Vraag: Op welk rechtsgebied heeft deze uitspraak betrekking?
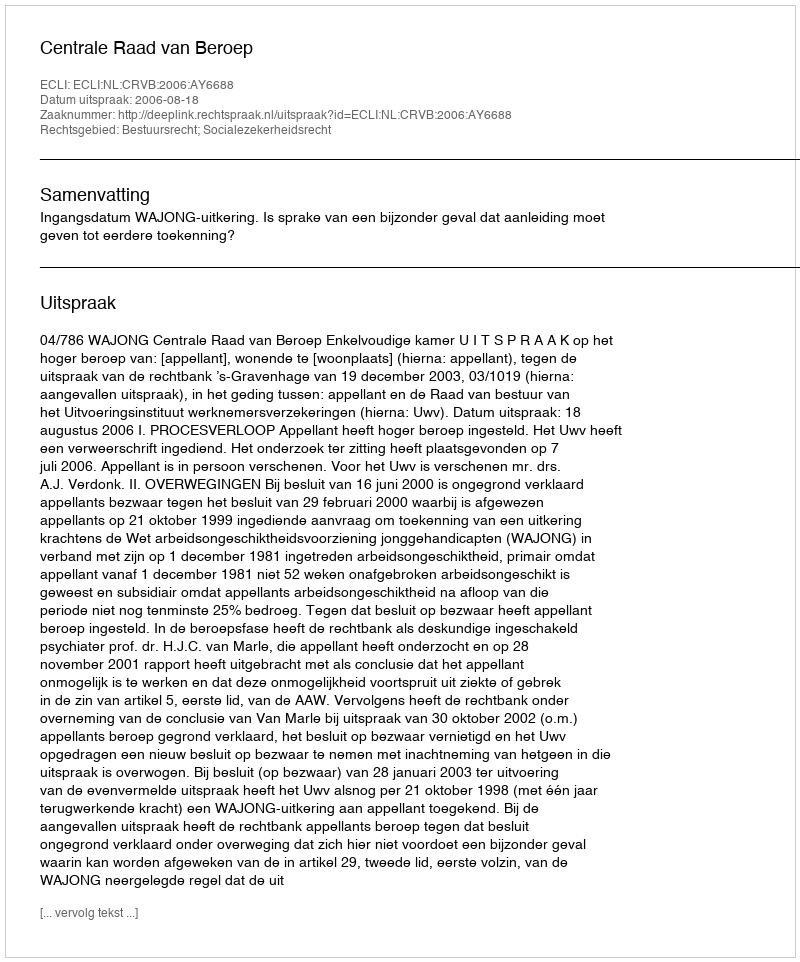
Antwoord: Bestuursrecht; Socialezekerheidsrecht